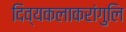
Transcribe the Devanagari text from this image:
दिव्यकलाकरांगुलि